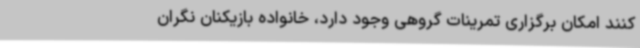
کنند امکان برگزاری تمرینات گروهی وجود دارد، خانواده بازیکنان نگران